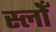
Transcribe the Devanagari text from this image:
स्लोँ